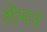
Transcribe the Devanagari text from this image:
शेमर